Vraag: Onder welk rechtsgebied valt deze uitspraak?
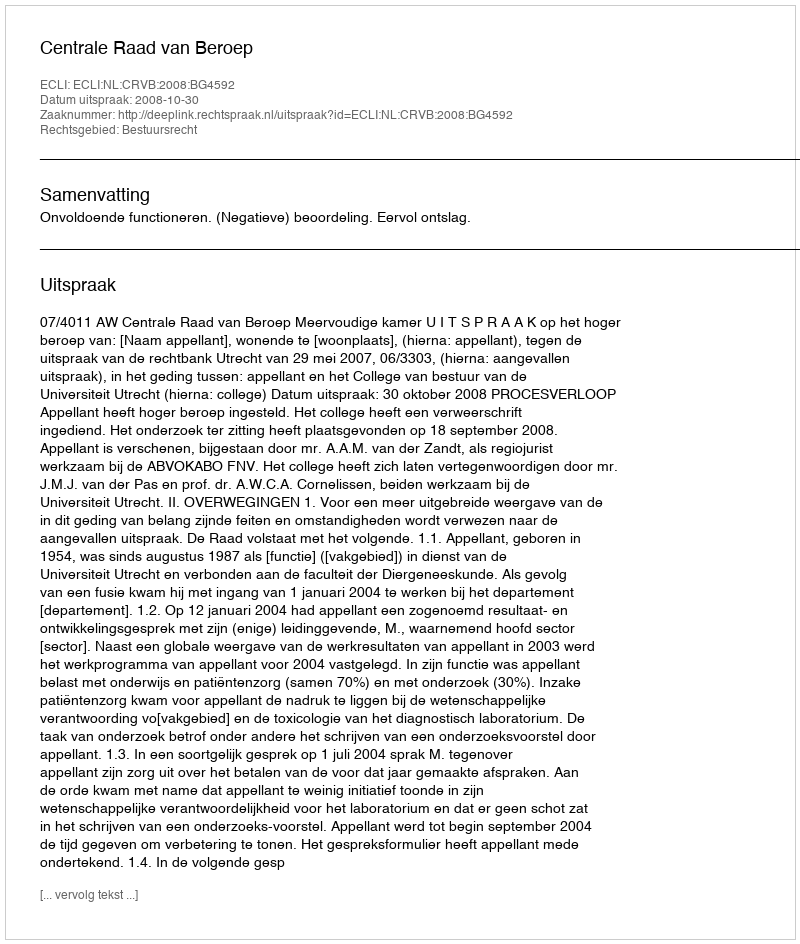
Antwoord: Bestuursrecht